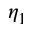
\eta _ { 1 }